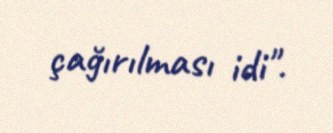
çağırılması idi".